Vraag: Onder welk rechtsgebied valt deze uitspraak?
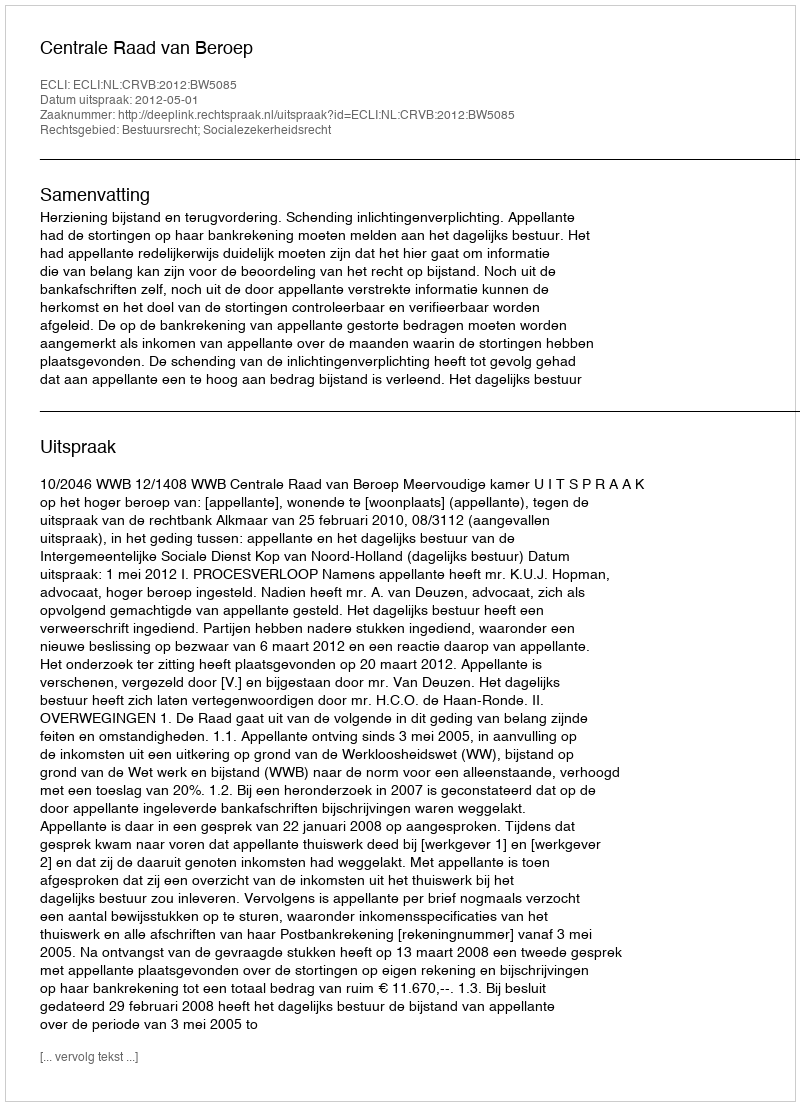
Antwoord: Bestuursrecht; Socialezekerheidsrecht